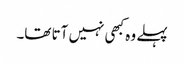
پہلے وہ کبھی نہیں آتا تھا۔